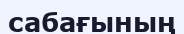
сабағының